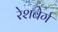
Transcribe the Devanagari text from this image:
रेशबेर्ग